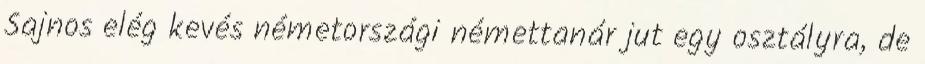
Sajnos elég kevés németországi némettanár jut egy osztályra, de